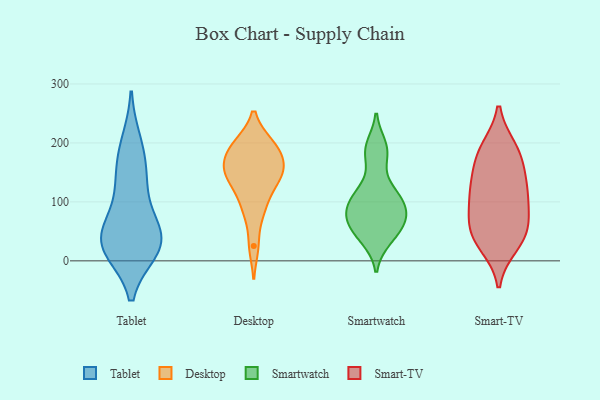
{"axis": {"x": "Backlog", "y": "Value"}, "legend": ["Desktop", "Smart-TV", "Smartwatch", "Tablet"], "data": [{"x": "", "y": 32, "type": "Tablet"}, {"x": "", "y": 32, "type": "Tablet"}, {"x": "", "y": 65, "type": "Tablet"}, {"x": "", "y": 49, "type": "Tablet"}, {"x": "", "y": 176, "type": "Tablet"}, {"x": "", "y": 20, "type": "Tablet"}, {"x": "", "y": 200, "type": "Tablet"}, {"x": "", "y": 125, "type": "Tablet"}, {"x": "", "y": 24, "type": "Tablet"}, {"x": "", "y": 26, "type": "Tablet"}, {"x": "", "y": 135, "type": "Tablet"}, {"x": "", "y": 161, "type": "Desktop"}, {"x": "", "y": 166, "type": "Desktop"}, {"x": "", "y": 198, "type": "Desktop"}, {"x": "", "y": 89, "type": "Desktop"}, {"x": "", "y": 155, "type": "Desktop"}, {"x": "", "y": 174, "type": "Desktop"}, {"x": "", "y": 88, "type": "Desktop"}, {"x": "", "y": 136, "type": "Desktop"}, {"x": "", "y": 139, "type": "Desktop"}, {"x": "", "y": 198, "type": "Desktop"}, {"x": "", "y": 25, "type": "Desktop"}, {"x": "", "y": 198, "type": "Desktop"}, {"x": "", "y": 132, "type": "Desktop"}, {"x": "", "y": 107, "type": "Smartwatch"}, {"x": "", "y": 74, "type": "Smartwatch"}, {"x": "", "y": 35, "type": "Smartwatch"}, {"x": "", "y": 68, "type": "Smartwatch"}, {"x": "", "y": 79, "type": "Smartwatch"}, {"x": "", "y": 49, "type": "Smartwatch"}, {"x": "", "y": 122, "type": "Smartwatch"}, {"x": "", "y": 196, "type": "Smartwatch"}, {"x": "", "y": 100, "type": "Smartwatch"}, {"x": "", "y": 177, "type": "Smartwatch"}, {"x": "", "y": 129, "type": "Smart-TV"}, {"x": "", "y": 28, "type": "Smart-TV"}, {"x": "", "y": 189, "type": "Smart-TV"}, {"x": "", "y": 61, "type": "Smart-TV"}, {"x": "", "y": 39, "type": "Smart-TV"}, {"x": "", "y": 147, "type": "Smart-TV"}, {"x": "", "y": 44, "type": "Smart-TV"}, {"x": "", "y": 183, "type": "Smart-TV"}, {"x": "", "y": 60, "type": "Smart-TV"}, {"x": "", "y": 98, "type": "Smart-TV"}, {"x": "", "y": 181, "type": "Smart-TV"}, {"x": "", "y": 115, "type": "Smart-TV"}, {"x": "", "y": 107, "type": "Smart-TV"}]}